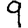
Digit: 9